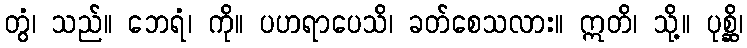
တွံ၊ သည်။ ဘေရံ၊ ကို။ ပဟရာပေသိ၊ ခတ်စေသလား။ ဣတိ၊ သို့။ ပုစ္ဆိ၊